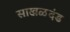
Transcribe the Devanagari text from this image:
साखळदंड